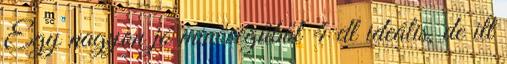
Egy nagyon jó minőségűből 4 dl ideális, de itt